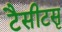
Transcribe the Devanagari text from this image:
टैसीटसृ